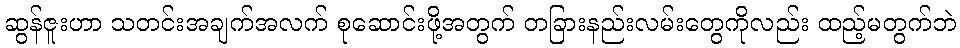
ဆွန်ဇူးဟာ သတင်းအချက်အလက် စုဆောင်းဖို့အတွက် တခြားနည်းလမ်းတွေကိုလည်း ထည့်မတွက်ဘဲ